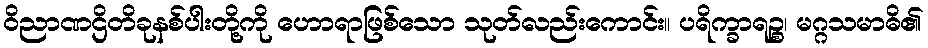
ဝိညာဏဌိတိခုနစ်ပါးတို့ကို ဟောရာဖြစ်သော သုတ်လည်းကောင်း။ ပရိက္ခာရဉ္စ၊ မဂ္ဂသမာဓိ၏